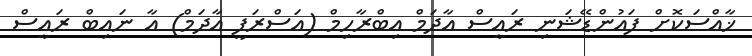
ޚާއްސަކޮށް ފައުންޑޭޝަނި ރައީސް އާދަމް އިބްރާހިމް (އަސްރަފީ އާދަމް) އާ ނައިބް ރައީސް